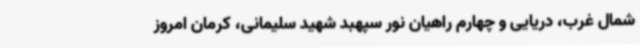
شمال غرب، دریایی و چهارم راهیان نور سپهبد شهید سلیمانی، کرمان امروز